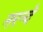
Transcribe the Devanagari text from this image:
नरन्दे